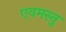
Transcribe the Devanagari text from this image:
एवमस्तु